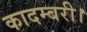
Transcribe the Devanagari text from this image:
कादम्बरी।